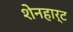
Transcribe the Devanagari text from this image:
शेनहार्ट